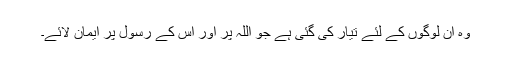
وہ ان لوگوں کے لئے تیار کی گئی ہے جو اللہ پر اور اس کے رسول پر ایمان لائے۔